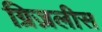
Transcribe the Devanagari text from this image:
ग्रिज़लीस